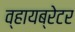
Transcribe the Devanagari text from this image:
व्हायब्रेटर